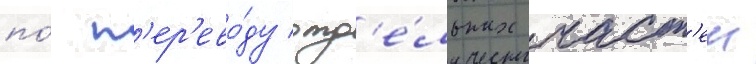
по́ п'ер'ево́ду отд'е́льных част'еи